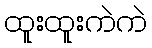
ထူးထူးကဲကဲ